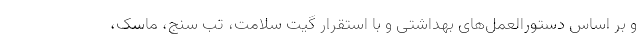
و بر اساس دستورالعمل‌های بهداشتی و با استقرار گیت سلامت، تب سنج، ماسک،